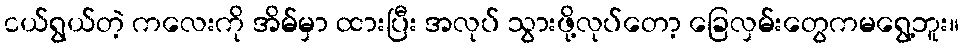
ငယ်ရွယ်တဲ့ ကလေးကို အိမ်မှာ ထားပြီး အလုပ် သွားဖို့လုပ်တော့ ခြေလှမ်းတွေကမရွေ့ဘူး။